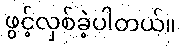
ဖွင့်လှစ်ခဲ့ပါတယ်။